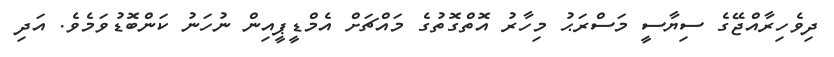
ދިވެހިރާއްޖޭގެ ސިޔާސީ މަސްރަޙު މިހާރު އޮތްގޮތުގެ މައްޗަށް އެމްޑީޕީއިން ނުހަނު ކަންބޮޑުވަމެވެ. އަދި